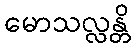
မောသလ္လန္တိ